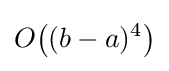
O{\big (}(b-a)^{4}{\big )}